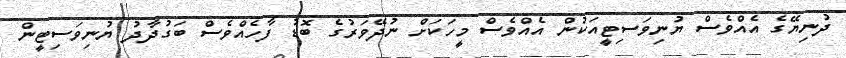
ދުނިޔޭގެ އެއްވެސް ޔުނިވަސިޓީއަކުން އެއްވެސް މީހަކަށް ނުދޭވަރުގެ ބޮޑު ފާހެއްވެސް ބަގުދާދު ޔުނިވަސިޓީން